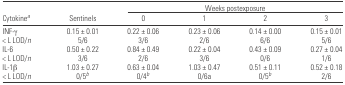
|  |  | <COLSPAN=4> Weeks postexposure |
 | Cytokinea | Sentinels | 0 | 1 | 2 | 3 |
 | --- | --- | --- | --- | --- | --- |
 | INF-γ | 0.15 ± 0.01 | 0.22 ± 0.06 | 0.23 ± 0.06 | 0.14 ± 0.00 | 0.15 ± 0.01 |
 | < L LOD/n | 5/6 | 3/6 | 2/6 | 6/6 | 5/6 |
 | IL-6 | 0.50 ± 0.22 | 0.84 ± 0.49 | 0.22 ± 0.04 | 0.43 ± 0.09 | 0.27 ± 0.04 |
 | < L LOD/n | 3/6 | 2/6 | 3/6 | 0/6 | 1/6 |
 | IL-1β | 1.03 ± 0.27 | 0.63 ± 0.04 | 1.03 ± 0.47 | 0.51 ± 0.11 | 0.52 ± 0.18 |
 | < L LOD/n | 0/5b | 0/4b | 0/6a | 0/5b | 2/6 |